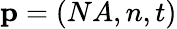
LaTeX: \textbf{p}=(NA,n,t)